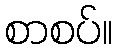
စာစပ်။